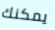
يمكنك